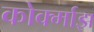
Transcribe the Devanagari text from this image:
कोर्क्माझ